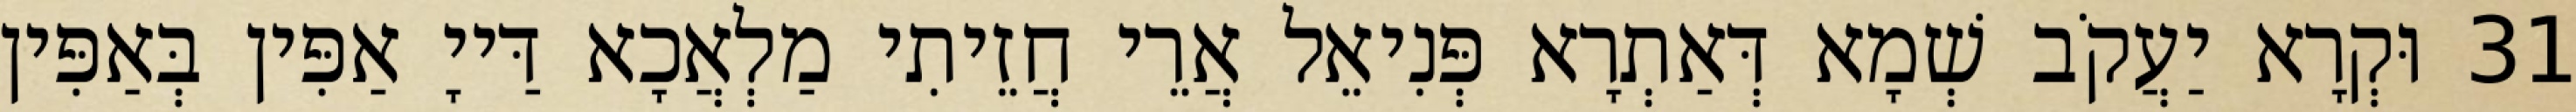
31 וּקְרָא יַעֲקֹב שְׁמָא דְּאַתְרָא פְּנִיאֵל אֲרֵי חֲזֵיתִי מַלְאֲכָא דַּייָ אַפִּין בְּאַפִּין